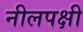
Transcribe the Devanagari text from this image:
नीलपक्षी